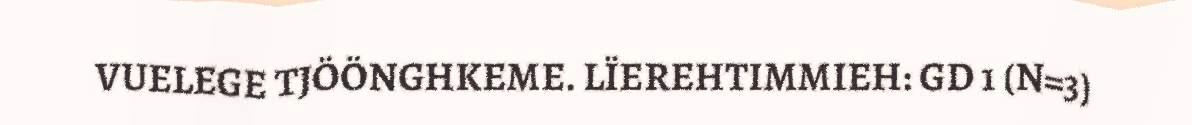
VUELEGE TJÖÖNGHKEME. LÏEREHTIMMIEH: GD 1 (N=3)